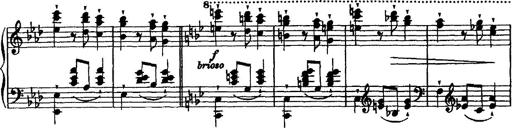
Title: Grande valse di bravura
Composer: Franz Liszt